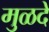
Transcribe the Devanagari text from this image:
मुळदे